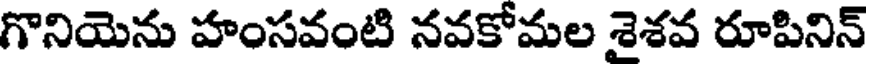
గొనియెను హంసవంటి నవకోమల శైశవ రూపినిన్